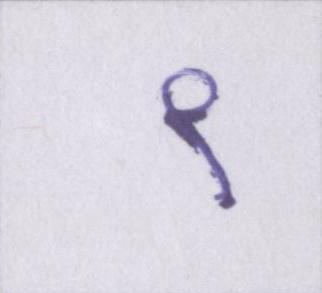
९